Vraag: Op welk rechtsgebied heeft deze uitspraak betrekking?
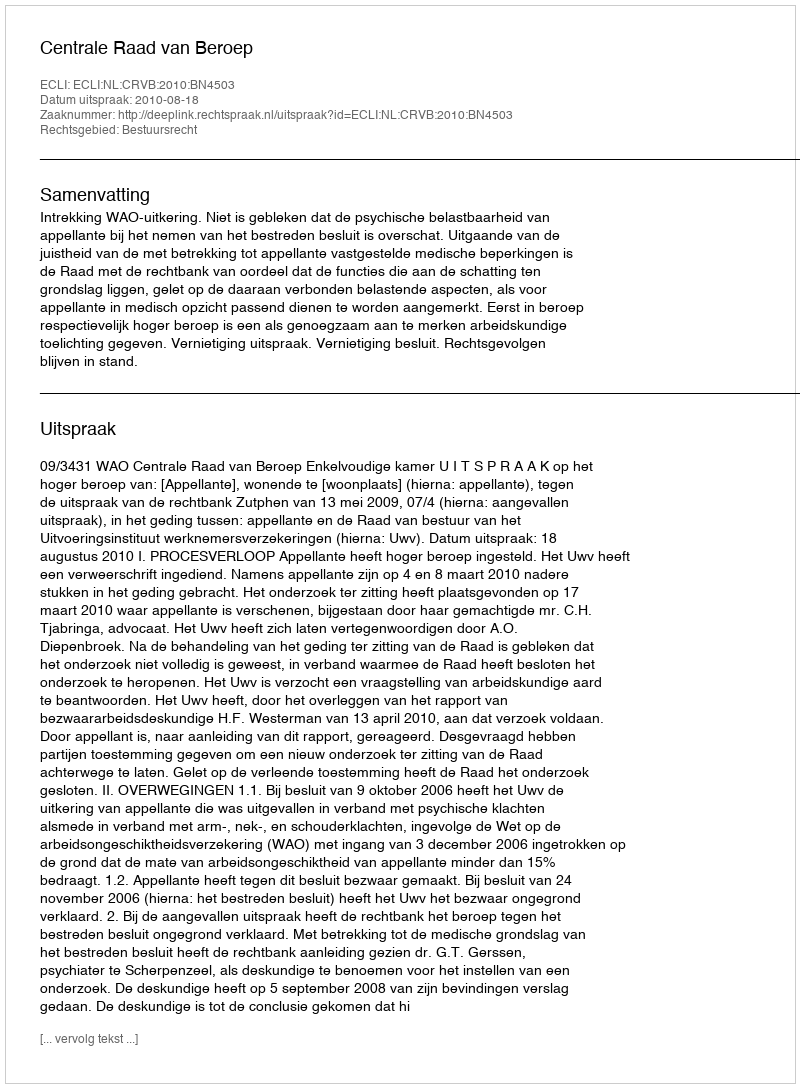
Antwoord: Bestuursrecht